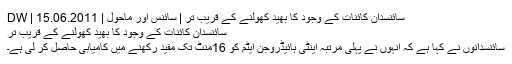
سائنسدان کائنات کے وجود کا بھید کھولنے کے قریب تر | سائنس اور ماحول | DW | 15.06.2011
سائنسدان کائنات کے وجود کا بھید کھولنے کے قریب تر
سائنسدانوں نے کہا ہے کہ انہوں نے پہلی مرتبہ اینٹی ہائیڈروجن ایٹم کو 16منٹ تک مقید رکھنے میں کامیابی حاصل کر لی ہے۔